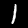
Label: 1